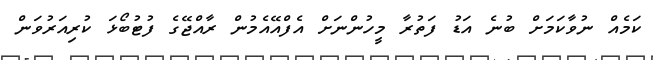
ކަމެއް ނުވާކަމަށް ބުނެ އަޑު ފަތުރާ މީހުންނަށް އެފްއޭއެމުން ރާއްޖޭގެ ފުޓުބޯޅަ ކުރިއަރުވަން